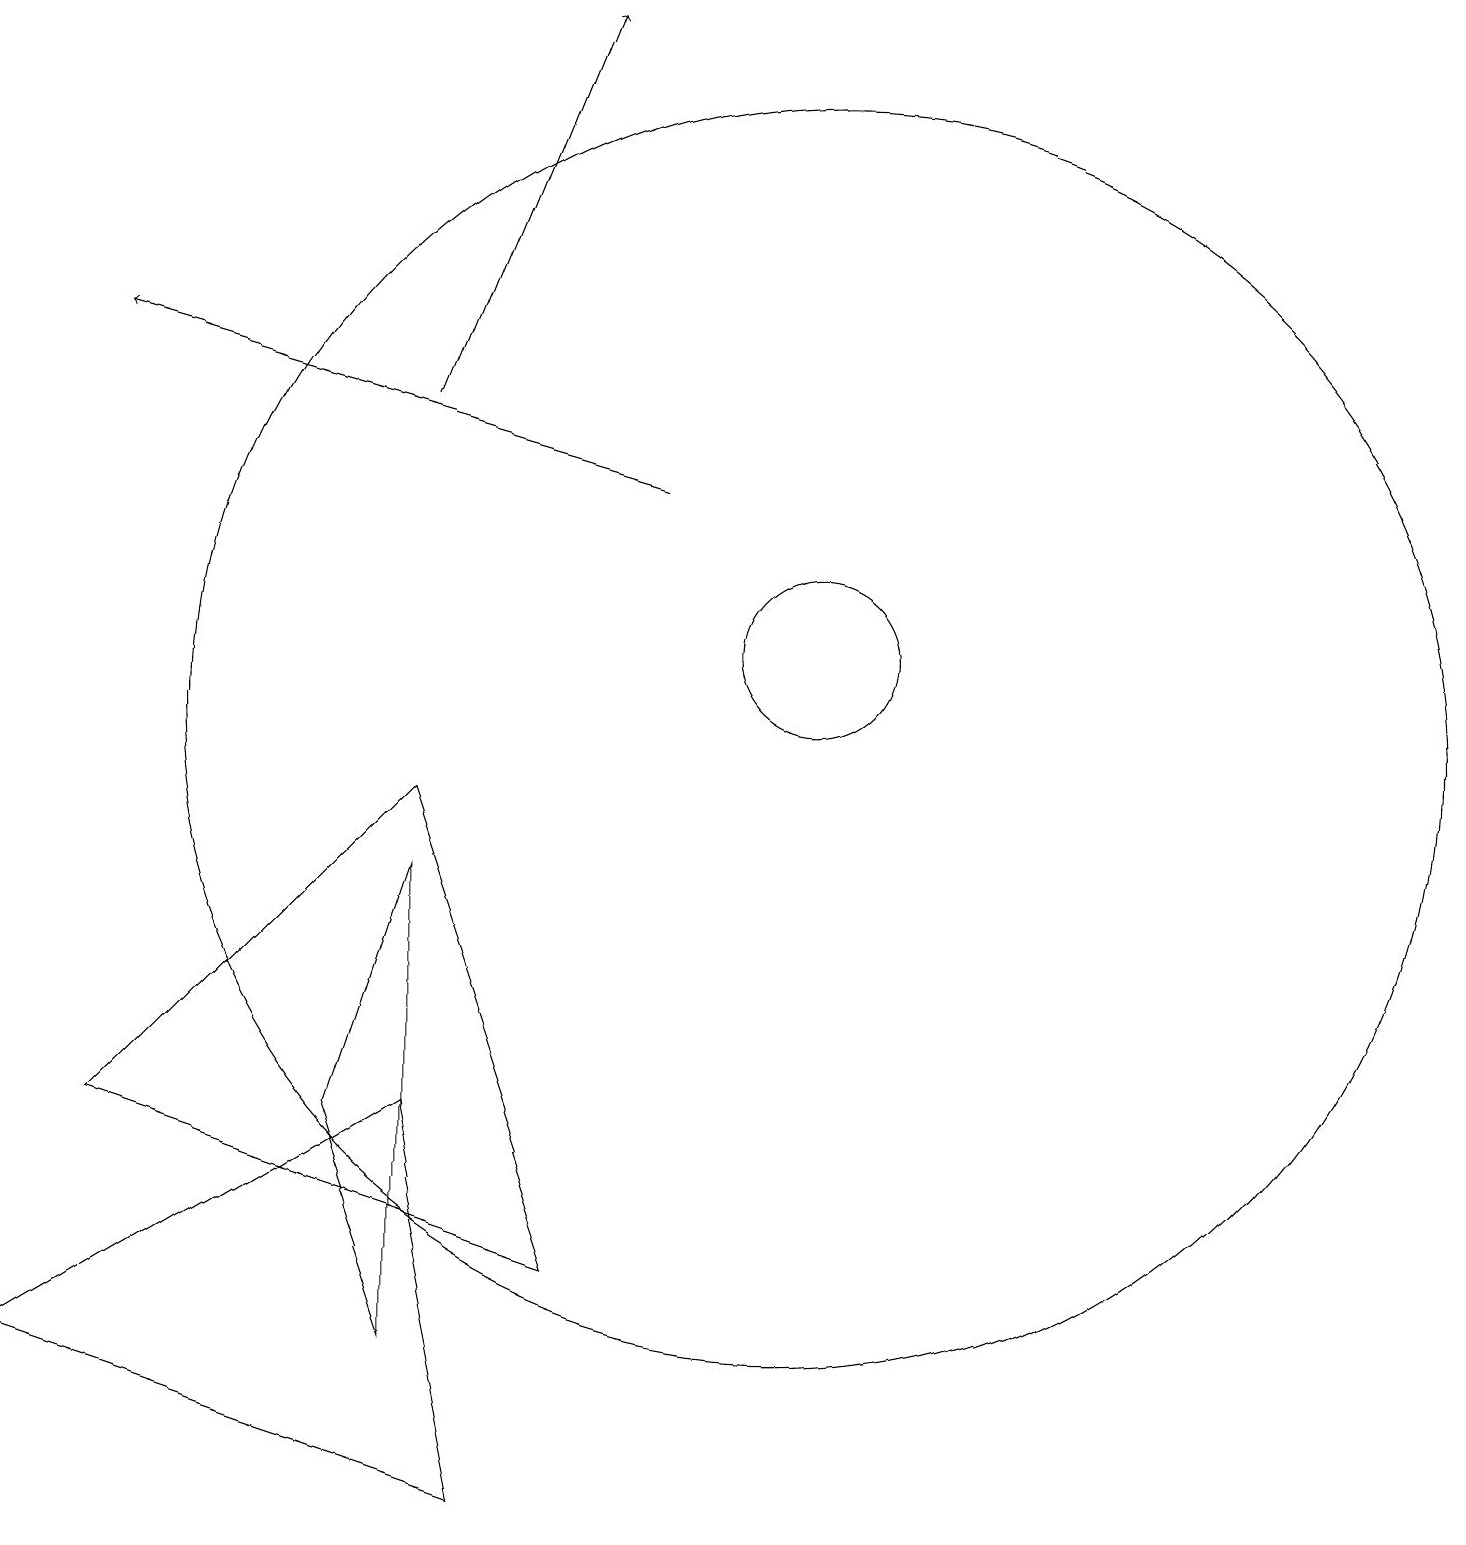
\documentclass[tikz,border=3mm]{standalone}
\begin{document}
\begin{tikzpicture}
\draw[->] (8,13) -- (1,15);
\draw (5,2) -- (5,8) -- (4,5) -- cycle;
\draw (10,11) circle (1);
\draw[->] (5,14) -- (7,19);
\draw (1,5) -- (5,9) -- (7,3) -- cycle;
\draw (6,0) -- (5,5) -- (0,2) -- cycle;
\draw (10,10) circle (8);
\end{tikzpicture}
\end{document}